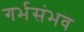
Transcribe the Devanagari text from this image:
गर्भसंभव